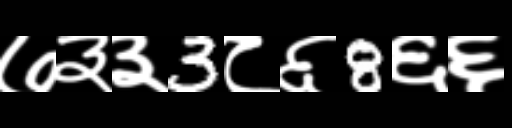
Text: ७३३3८६8६६